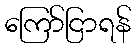
ကြော်ငြာရန်